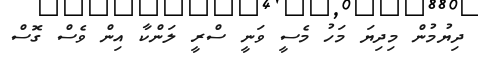
ދިޔުމުން މިދިޔަ މަހު މެސީ ވަނީ ސްރީ ލަންކާ އިން ވެސް ގޮސް